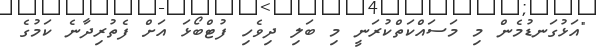
"އަޅުގަނޑުމެން މި މަސައްކަތްކުރަނީ މި ބަލި ދިވެހި ފުޓްބޯޅަ އަށް ފެތުރިދާނެ ކަމުގެ